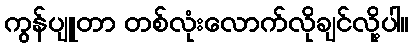
ကွန်ပျူတာ တစ်လုံးလောက်လိုချင်လို့ပါ။